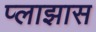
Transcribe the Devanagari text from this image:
प्लाझास